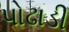
પોઢાડી